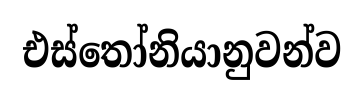
එස්තෝනියානුවන්ව